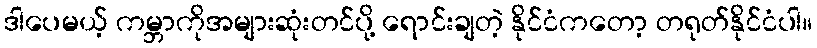
ဒါပေမယ့် ကမ္ဘာကိုအများဆုံးတင်ပို့ ရောင်းချတဲ့ နိုင်ငံကတော့ တရုတ်နိုင်ငံပါ။